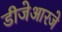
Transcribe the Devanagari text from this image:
डीजेआरजे